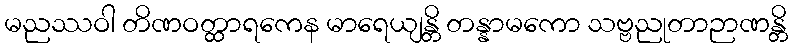
မညဿဝါ တိဏဝတ္ထာရကေန မာရေယျန္တိ တန္နာမကော သဗ္ဗညုတာဉာဏန္တိ